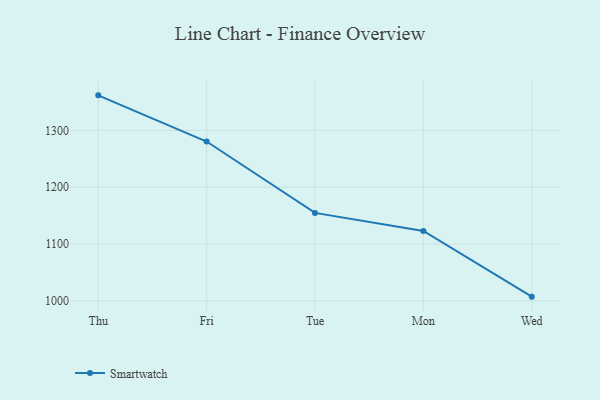
{"axis": {"x": "Day", "y": "Net Income (USD K)"}, "legend": ["Smartwatch"], "data": [{"x": "Thu", "y": 1361.8, "type": "Smartwatch"}, {"x": "Fri", "y": 1280.5, "type": "Smartwatch"}, {"x": "Tue", "y": 1154.8, "type": "Smartwatch"}, {"x": "Mon", "y": 1122.9, "type": "Smartwatch"}, {"x": "Wed", "y": 1007.3, "type": "Smartwatch"}]}